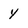
Character: y